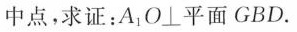
中点，求证：A_{1}O\perp 平面GBD.